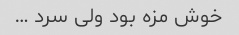
خوش مزه بود ولی سرد …